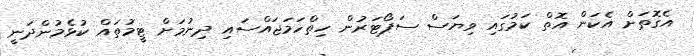
އެގޮތަށް އެކަން އޮތް ކަމުގައި ވިޔަސް ސަޕޯޓަރުން ހިތްހަމަޖައްސައި ދިނުމަށް ޓީމުތައް ކުޅެމުންދަނީ